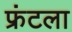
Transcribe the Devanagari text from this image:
फ्रंटला